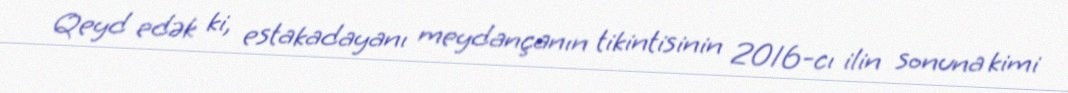
Qeyd edək ki, estakadayanı meydançanın tikintisinin 2016-cı ilin sonuna kimi